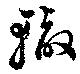
轍